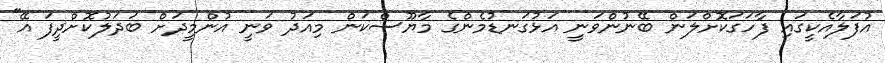
އުފަލާއެކީގައި ފާހަގަކޮށްލަން ބޭނުންވަނީ އަޅުގަނޑުމެންގެ މާޔޫސްކަން މިއަދު ވަނީ އުންމީދަށް ބަދަލުކޮށްދީފަ އޭ"